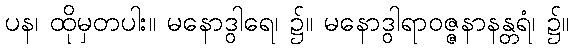
ပန၊ ထိုမှတပါး။ မနောဒွါရေ၊ ၌။ မနောဒွါရာဝဇ္ဇနာနန္တရံ၊ ၌။